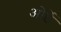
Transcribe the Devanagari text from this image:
ओर्डे